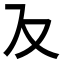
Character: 𭆥